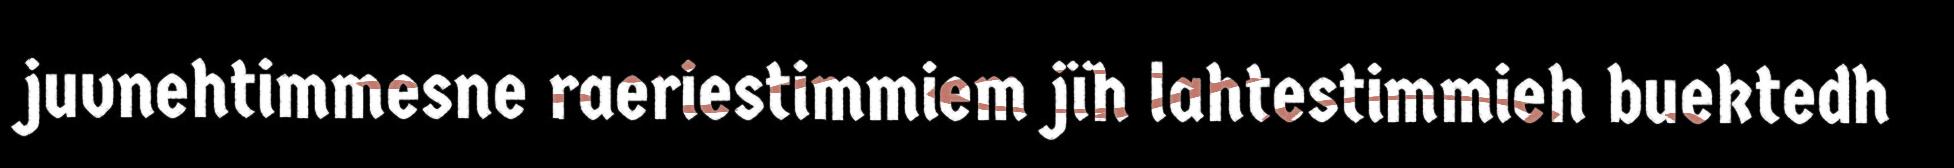
juvnehtimmesne raeriestimmiem jïh lahtestimmieh buektedh